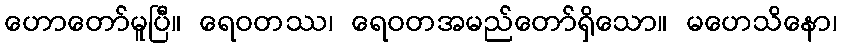
ဟောတော်မူပြီ။ ရေဝတဿ၊ ရေဝတအမည်တော်ရှိသော။ မဟေသိနော၊